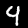
Digit: 4